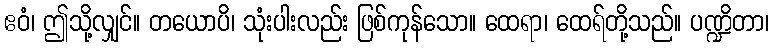
ဧဝံ၊ ဤသို့လျှင်။ တယောပိ၊ သုံးပါးလည်း ဖြစ်ကုန်သော။ ထေရာ၊ ထေရ်တို့သည်။ ပဏ္ဍိတာ၊